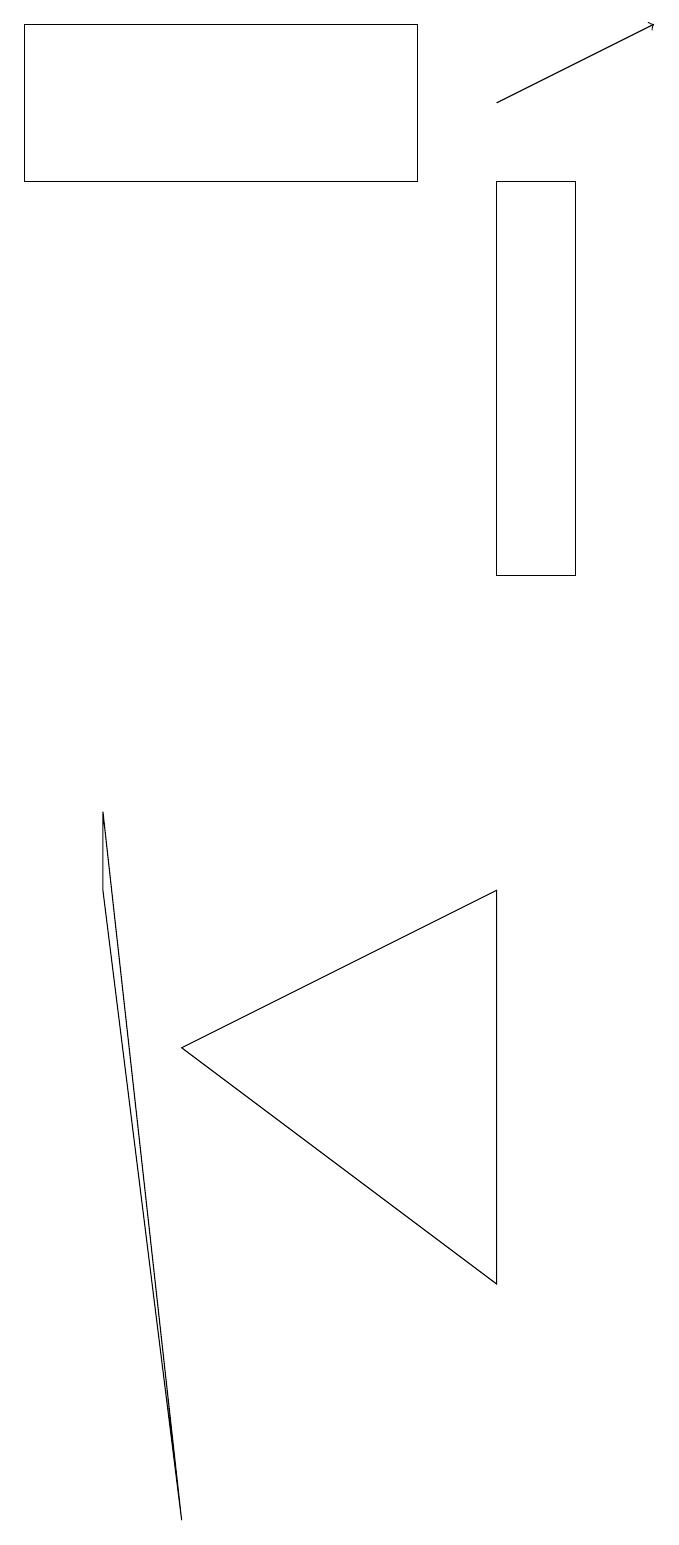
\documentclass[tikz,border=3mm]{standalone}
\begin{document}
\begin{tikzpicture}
\draw (6,8) -- (6,3) -- (2,6) -- cycle;
\draw (5,17) rectangle (0,19);
\draw (6,12) rectangle (7,17);
\draw (1,8) -- (1,9) -- (2,0) -- cycle;
\draw[->] (6,18) -- (8,19);
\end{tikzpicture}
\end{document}